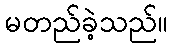
မတည်ခဲ့သည်။